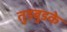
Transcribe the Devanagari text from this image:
तुडबुडके